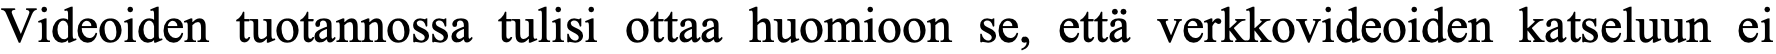
Videoiden tuotannossa tulisi ottaa huomioon se, että verkkovideoiden katseluun ei